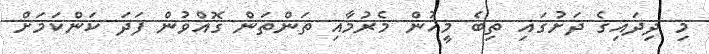
މި ދިދައިގެ ދަށުގައި ތިބެ މީހުން މެރުމާއި ތަންތަން ގޮއްވުން ފަދަ ކަންކަމަށް